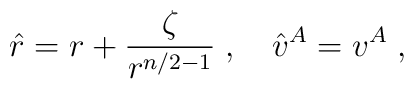
\hat{r} = r+ \frac{\zeta}{r^{n/2-1}}\;,\quad \hat{v}^A= v^{A}\;,